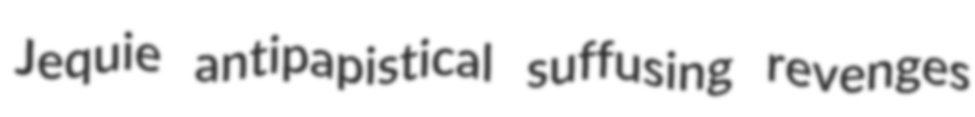
Jequie antipapistical suffusing revenges